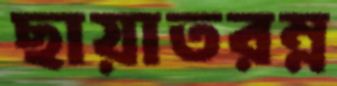
ছায়াতরম্ন